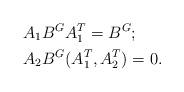
LaTeX: \begin{align*} & A_{1}B^{G}A_{1}^{T}=B^{G}; \\& A_{2}B^{G}(A_{1}^{T},A_{2}^{T})=0. \end{align*}